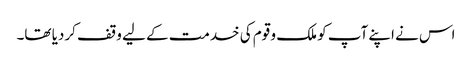
اس نے اپنے آپ کو ملک و قوم کی خدمت کے لیے وقف کردیا تھا۔